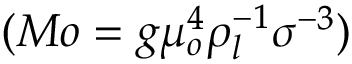
( M o = g \mu _ { o } ^ { 4 } \rho _ { l } ^ { - 1 } \sigma ^ { - 3 } )